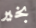
بخير